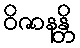
ဝိဇာနန္တိ